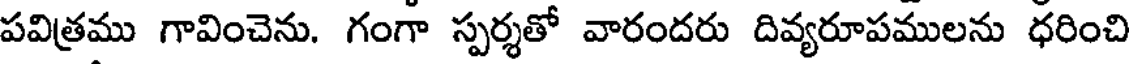
పవిత్రము గావించెను. గంగా స్పర్శతో వారందరు దివ్యరూపములను ధరించి